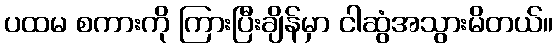
ပထမ စကားကို ကြားပြီးချိန်မှာ ငါဆွံအသွားမိတယ်။